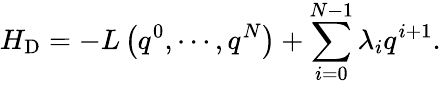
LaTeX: H_{\mathrm{D}}=-L\left(q^{0},\cdots,q^{N}\right)+\sum_{i=0}^{N-1}\lambda_{i}q^{i+1}.